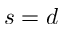
s = d